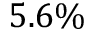
5 . 6 \%